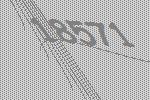
18571